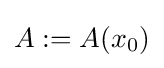
A:=A(x_{0})